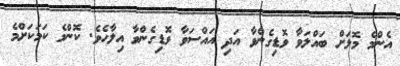
އެންމެ މޮޅަށް ބައްލަވާ ވޮޑިގެންވާ އަދި އައްސަވާ ވޮޑިގެންވާ އިލާހެވެ. ކޮންމެ ކަމަކަށްމެ